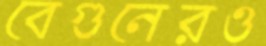
বেগুনেরও